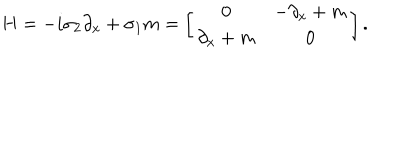
LaTeX: H = - i \sigma _ { 2 } \partial _ { x } + \sigma _ { 1 } m = \left[ \begin{array} { c c } { { 0 } } & { { - \partial _ { x } + m } } \\ { { \partial _ { x } + m } } & { { 0 } } \\ \end{array} \right] .